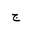
Letter: _gim